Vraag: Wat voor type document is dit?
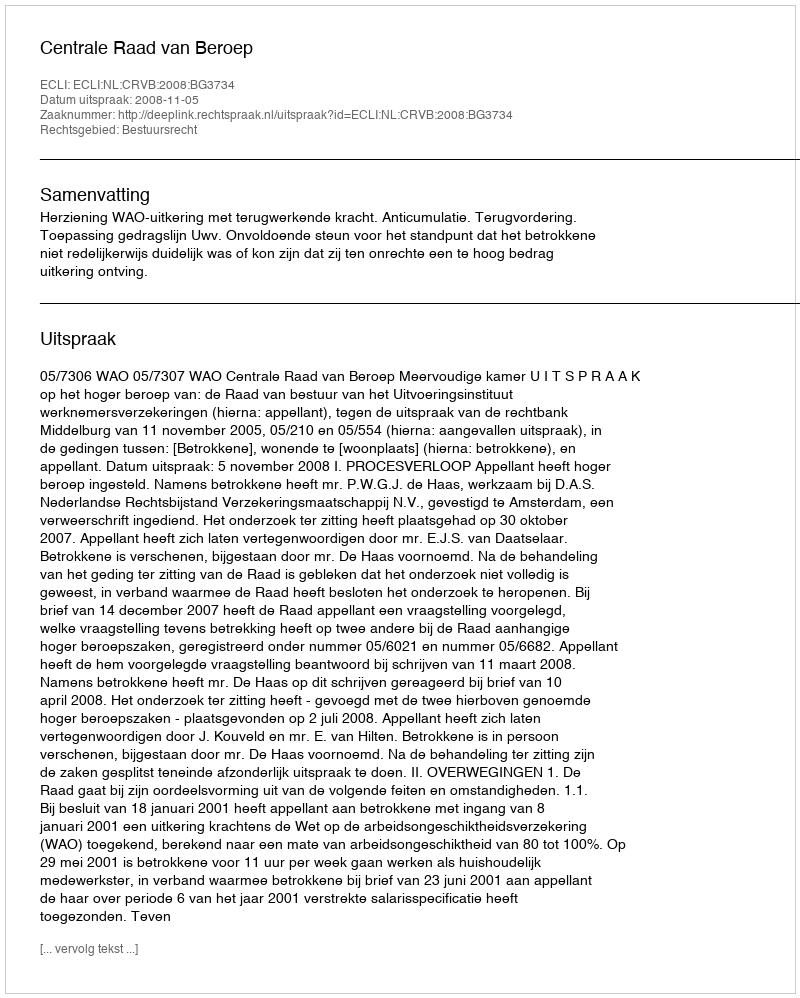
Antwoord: Uitspraak